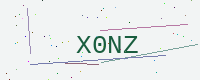
Text: X0NZ